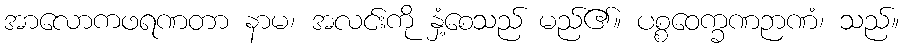
အာလောကဖရဏတာ နာမ၊ အလင်းကို နှံ့စေသည် မည်၏။ ပစ္စဝေက္ခဏဉာဏံ၊ သည်။